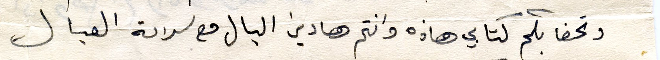
وتحفا بكم كتابي هاذه وانتم هادين البال مع سلامة العيال